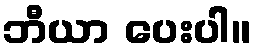
ဘီယာ ပေးပါ။